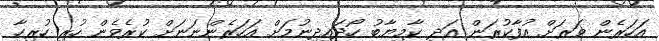
އަހަރެން ވަރަށް އުފާކުރަން އަދި ކާމިޔާބު ހޯދައިދިނުމަށް އަހަރެންނަނަށް ކުރެވެން ހުރި ހުރިހާ